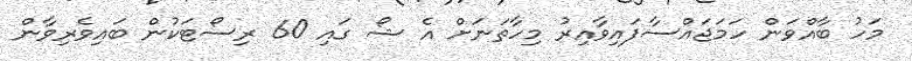
މަހު ބާއްވަން ހަމަޖައްސާފައިވާއިރު މިހާތަނަށް އެ ޝޯ ގައި 60 ރިސޯޓަކުން ބައިވެރިވާން